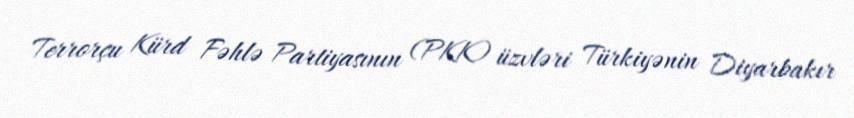
Terrorçu Kürd Fəhlə Partiyasının (PKK) üzvləri Türkiyənin Diyarbakır